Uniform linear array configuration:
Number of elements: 32
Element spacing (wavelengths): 1
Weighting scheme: hamming
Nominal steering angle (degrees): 60
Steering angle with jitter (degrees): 58.857
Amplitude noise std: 0.05
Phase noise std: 0.05

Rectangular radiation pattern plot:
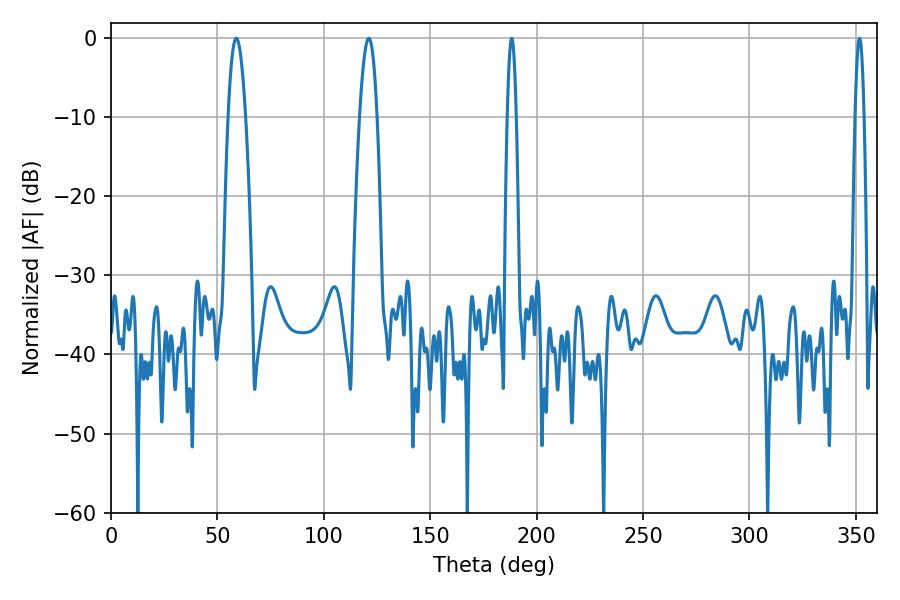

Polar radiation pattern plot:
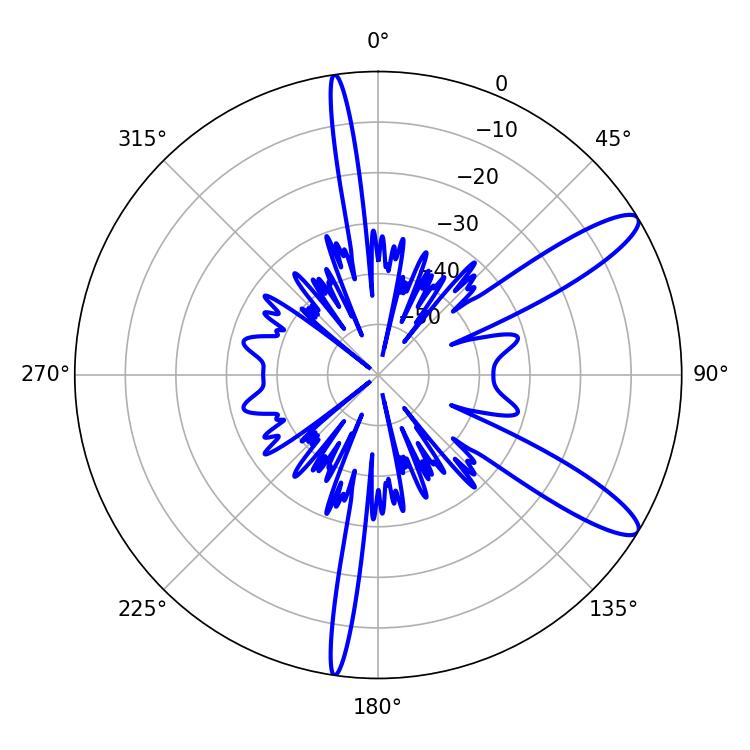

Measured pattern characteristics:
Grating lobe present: TRUE
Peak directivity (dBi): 11.749
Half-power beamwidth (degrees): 2.16
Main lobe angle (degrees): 188.28